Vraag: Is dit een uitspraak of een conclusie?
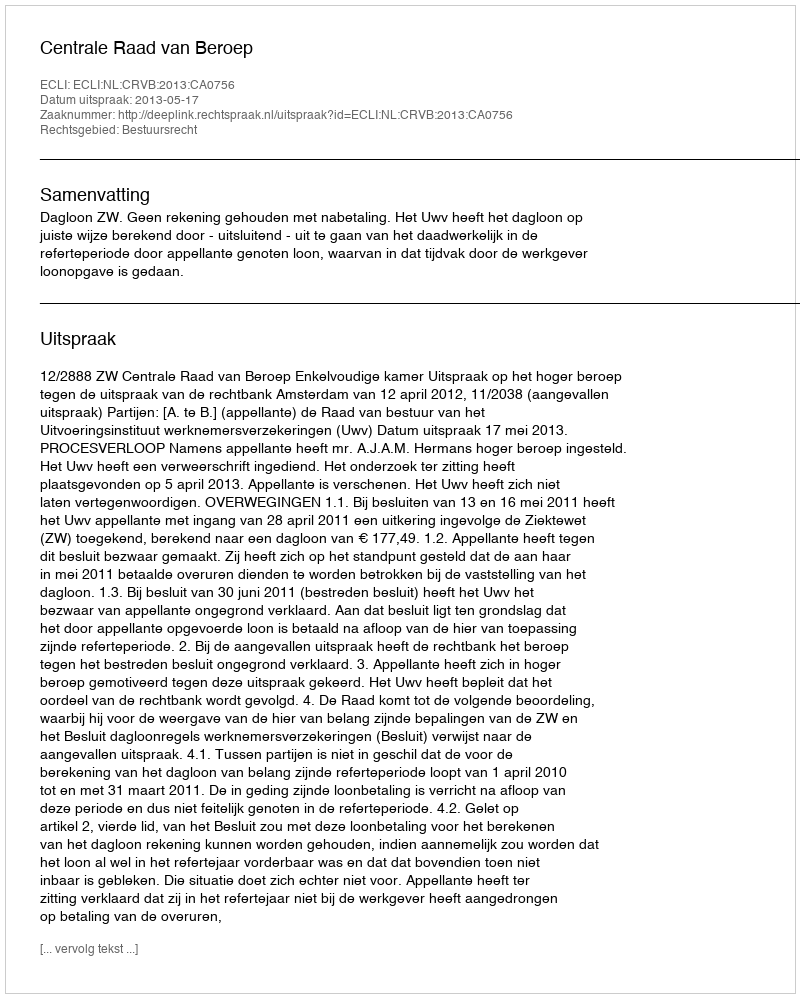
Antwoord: Uitspraak